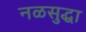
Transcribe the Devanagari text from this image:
नळसुद्धा